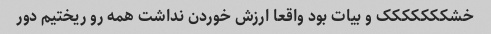
خشککککککک و بیات بود واقعا ارزش خوردن نداشت همه رو ریختیم دور